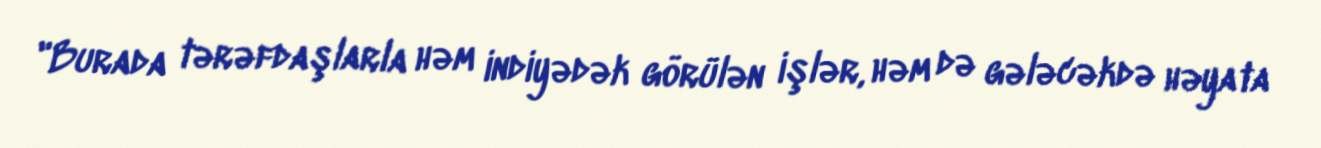
"Burada tərəfdaşlarla həm indiyədək görülən işlər, həm də gələcəkdə həyata